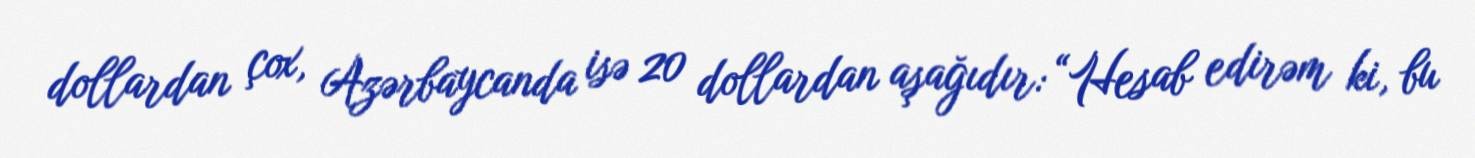
dollardan çox, Azərbaycanda isə 20 dollardan aşağıdır: “Hesab edirəm ki, bu